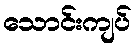
သောင်းကျပ်